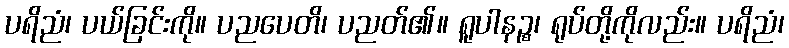
ပရိညံ၊ ပယ်ခြင်းကို။ ပညပေတိ၊ ပညတ်၏။ ရူပါနဉ္စ၊ ရုပ်တို့ကိုလည်း။ ပရိညံ၊